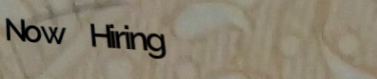
Now Hiring